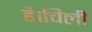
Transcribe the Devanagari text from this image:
है।चिली